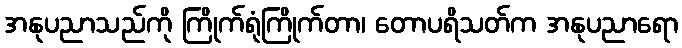
အနုပညာသည်ကို ကြိုက်ရုံကြိုက်တာ၊ တောပရိသတ်က အနုပညာရော